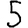
Digit: 5